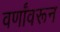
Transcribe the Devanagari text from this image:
वर्णांवरून